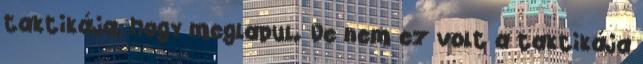
taktikája, hogy meglapul. De nem ez volt a taktikája